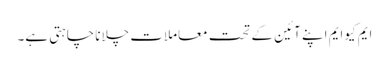
ایم کیوایم اپنے آئین کے تحت معاملات چلانا چاہتی ہے۔